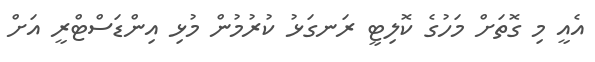
އެއީ މި ގޮތަށް މަހުގެ ކޮލިޓީ ރަނގަޅު ކުރުމުން މުޅި އިންޑަސްޓްރީ އަށް